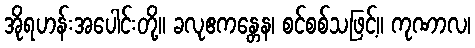
အိုရဟန်းအပေါင်းတို့။ ခလုဧကန္တေန၊ စင်စစ်သဖြင့်။ ကုဏာလ၊